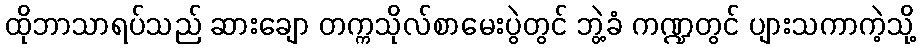
ထိုဘာသာရပ်သည် ဆားချော တက္ကသိုလ်စာမေးပွဲတွင် ဘွဲ့ခံ ကဏ္ဍတွင် ပျားသကာကဲ့သို့